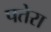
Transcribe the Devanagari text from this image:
पतेरा